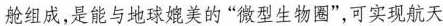
舱组成，是能与地球媲美的”微型生物圈”，可实现航天